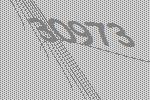
30973